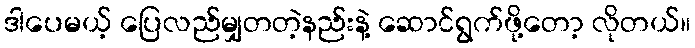
ဒါပေမယ့် ပြေလည်မျှတတဲ့နည်းနဲ့ ဆောင်ရွက်ဖို့တော့ လိုတယ်။